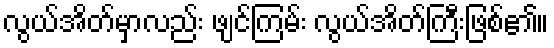
လွယ်အိတ်မှာလည်း ဖျင်ကြမ်း လွယ်အိတ်ကြီးဖြစ်၏။